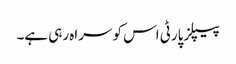
پیپلزپارٹی اس کو سراہ رہی ہے۔